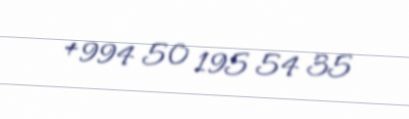
+994 50 195 54 35